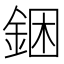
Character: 𰼮